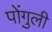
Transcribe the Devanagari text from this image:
पोंगुली